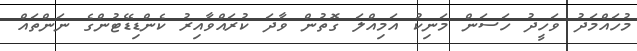
މުހައްމަދު ވަހީދު ހަސަން މަނިކު އަމިއްލަ ގޮތުން ވާދަ ކުރައްވާއިރު ކެންޑިޑޭޓުންގެ ނަންތައް